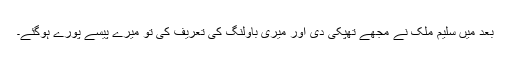
بعد میں سلیم ملک نے مجھے تھپکی دی اور میری باولنگ کی تعریف کی تو میرے پیسے پورے ہوگئے۔